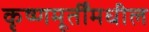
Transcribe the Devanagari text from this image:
कृष्णमूर्तींमधील